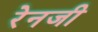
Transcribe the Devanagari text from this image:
रेनजी